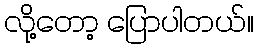
လို့တော့ ပြောပါတယ်။